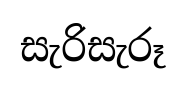
සැරිසැරූ